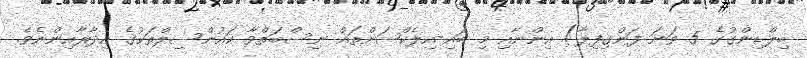
ބިލްޑިންގުގެ 5 ވަނަ ފަންގިފިލާ) އިންނާއި މި ބައި-އިލެކްޝަންތައް ނިސްބަތްވާ ކައުންސިލްތަކުގެ އިދާރާއިންނެވެ.